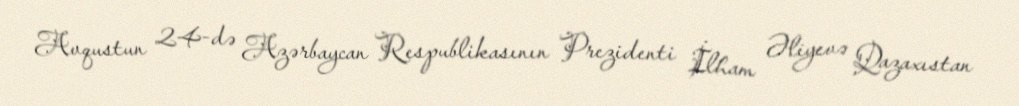
Avqustun 24-də Azərbaycan Respublikasının Prezidenti İlham Əliyevə Qazaxıstan